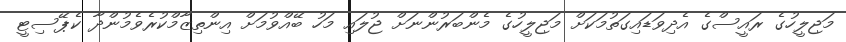
މަޖިލީހުގެ ރައީސްގެ އެދިވަޑައިގަތުމަކަށް މަޖިލީހުގެ މެންބަރުންނަށް ޖުލައި މަހު ބޭއްވުމަށް އިންތިޒާމްކުރެވެމުންދާ ކެޕޭސިޓީ